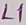
Text: L1